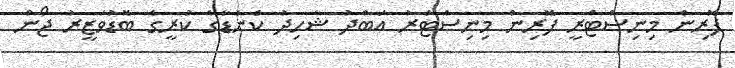
ފޮރިން މިނިސްޓްރީ ފޮރިން މިނިސްޓަރު އަބްދު ޝާހިދު ކެނެޑާގެ ކުރީގެ ބޮޑުވަޒީރު ޖޯން